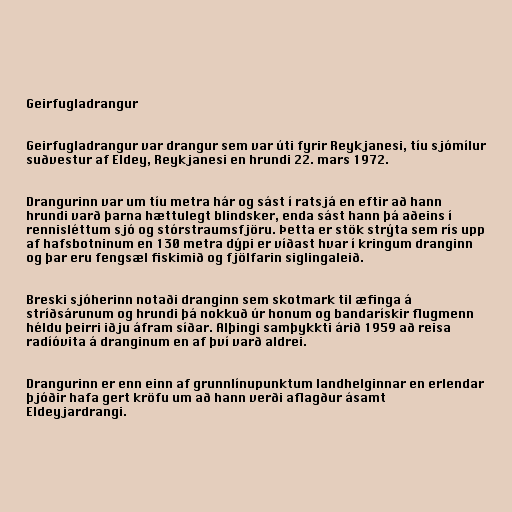
Geirfugladrangur

Geirfugladrangur var drangur sem var úti fyrir Reykjanesi, tíu sjómílur
suðvestur af Eldey, Reykjanesi en hrundi 22. mars 1972.

Drangurinn var um tíu metra hár og sást í ratsjá en eftir að hann
hrundi varð þarna hættulegt blindsker, enda sást hann þá aðeins í
rennisléttum sjó og stórstraumsfjöru. Þetta er stök strýta sem rís upp
af hafsbotninum en 130 metra dýpi er víðast hvar í kringum dranginn
og þar eru fengsæl fiskimið og fjölfarin siglingaleið.

Breski sjóherinn notaði dranginn sem skotmark til æfinga á
stríðsárunum og hrundi þá nokkuð úr honum og bandarískir flugmenn
héldu þeirri iðju áfram síðar. Alþingi samþykkti árið 1959 að reisa
radíóvita á dranginum en af því varð aldrei.

Drangurinn er enn einn af grunnlínupunktum landhelginnar en erlendar
þjóðir hafa gert kröfu um að hann verði aflagður ásamt
Eldeyjardrangi.